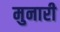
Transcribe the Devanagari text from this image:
मुनारी